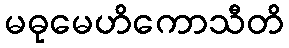
မဓုမေဟိကောသီတိ